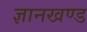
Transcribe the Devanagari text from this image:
ज्ञानखण्ड